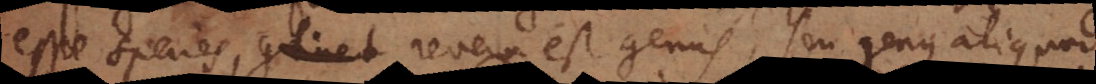
esse species, continet revera est genus, seu genus aliquod